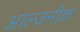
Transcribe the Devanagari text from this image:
आल्जनीक